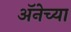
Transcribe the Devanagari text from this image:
अॅनेच्या